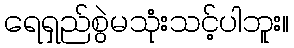
ရေရှည်စွဲမသုံးသင့်ပါဘူး။